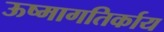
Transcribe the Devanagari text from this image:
ऊष्मागतिर्काय